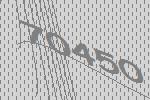
70450